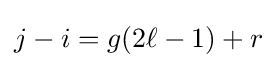
j-i=g(2\ell -1)+r